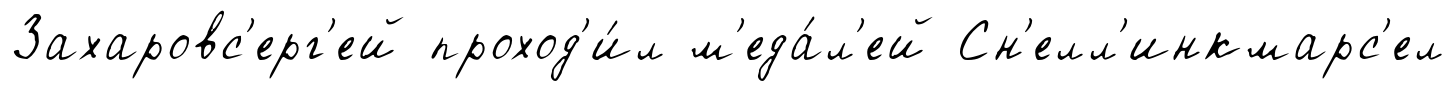
Захаровс'ерг'ей проход'и́л м'еда́л'ей Сн'елл'инкмарс'ел